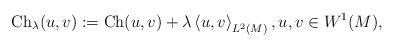
LaTeX: \begin{align*} \mathrm{Ch}_\lambda(u,v):=\mathrm{Ch}(u,v)+\lambda \left\langle u,v\right\rangle_{L^2(M)},u,v\in W^{1}(M),\end{align*}